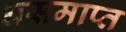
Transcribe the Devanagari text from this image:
असमाप्त